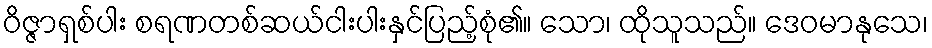
ဝိဇ္ဇာရှစ်ပါး စရဏတစ်ဆယ်ငါးပါးနှင်ပြည့်စုံ၏။ သော၊ ထိုသူသည်။ ဒေဝမာနုသေ၊